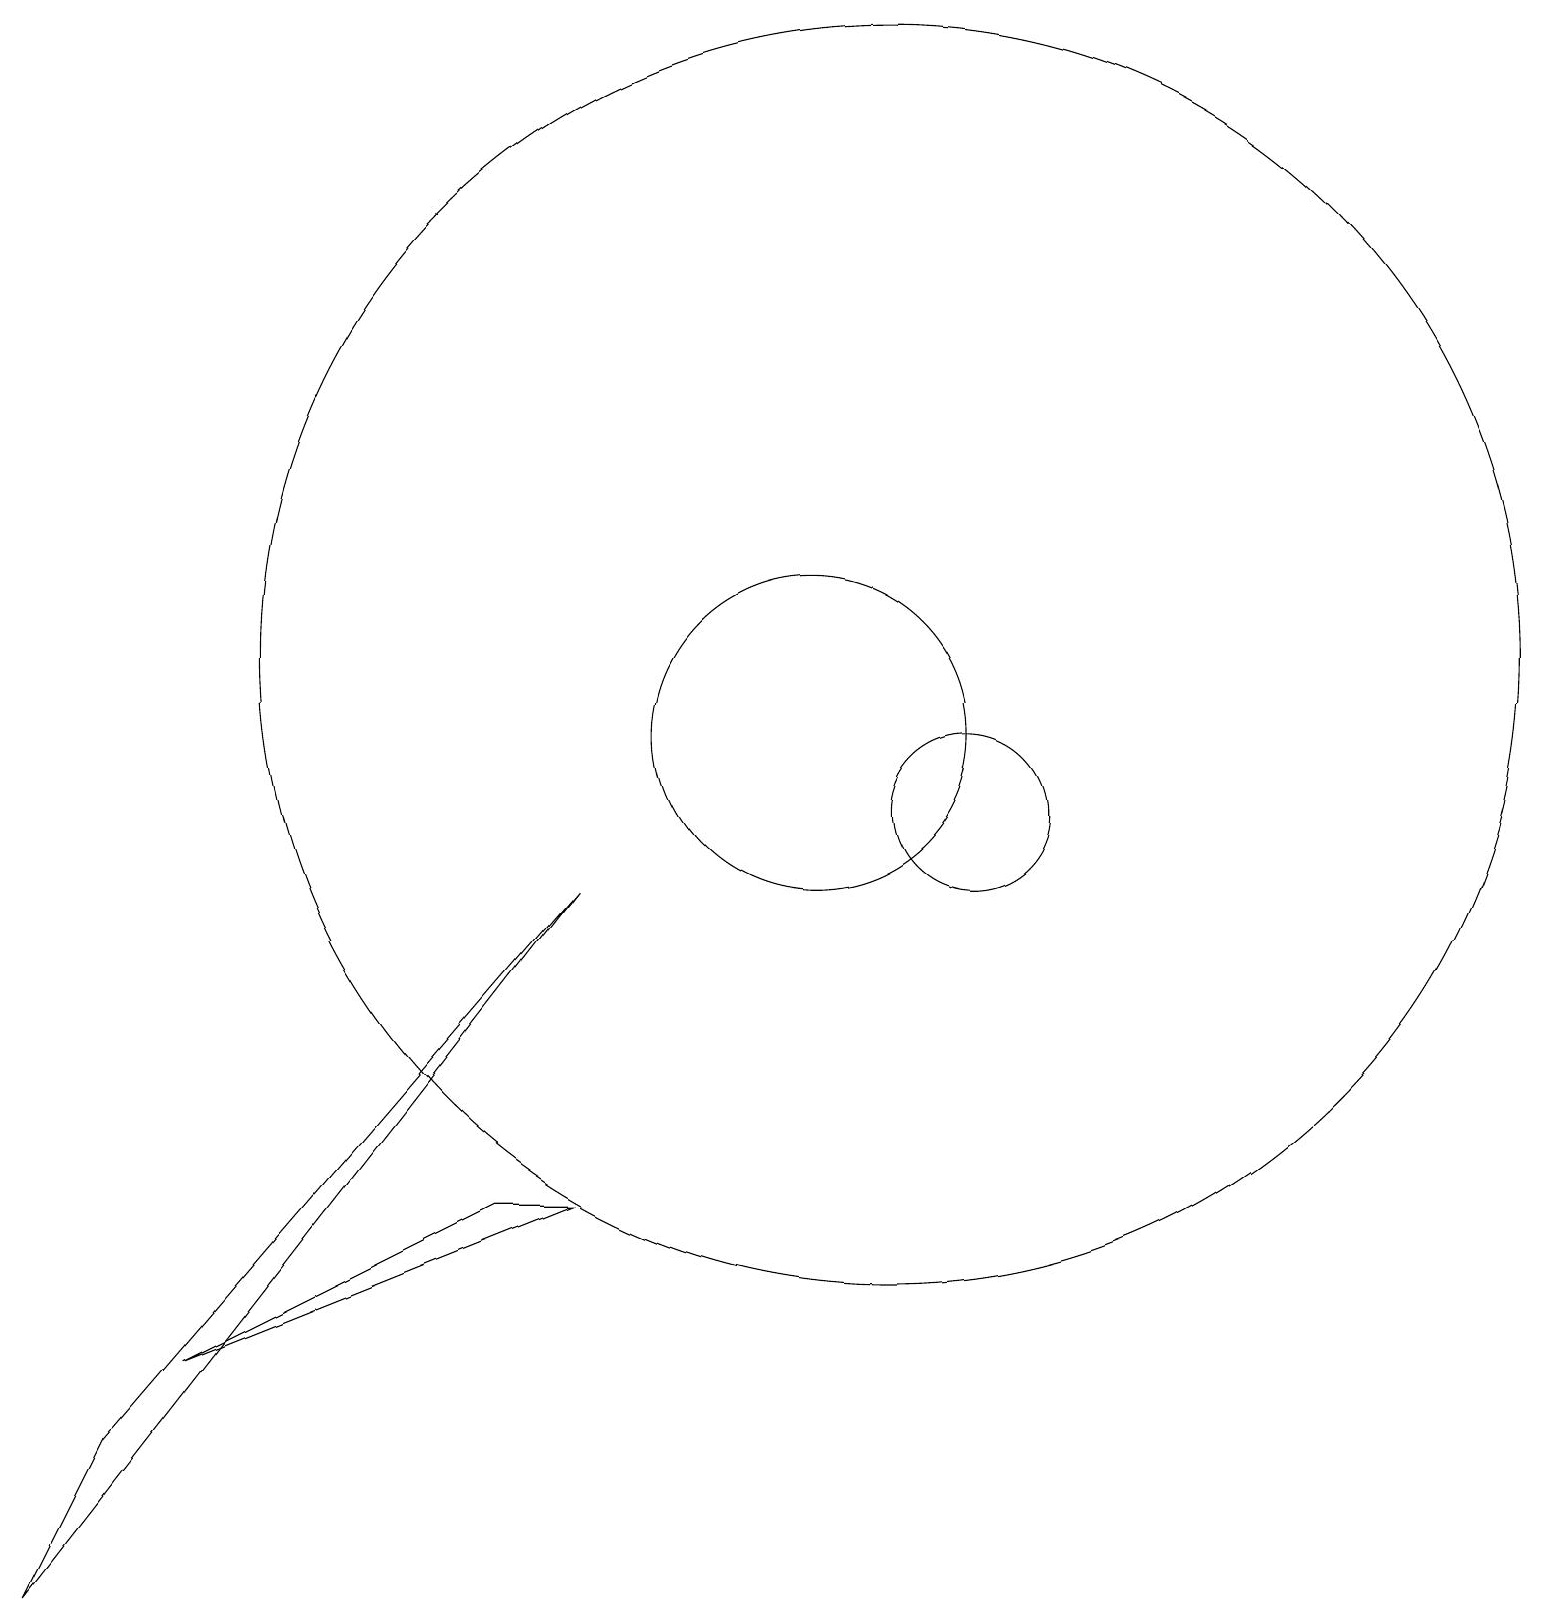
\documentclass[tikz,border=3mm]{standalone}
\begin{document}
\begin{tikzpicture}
\draw (6,5) -- (2,3) -- (7,5) -- cycle;
\draw (10,11) circle (2);
\draw (7,9) -- (0,0) -- (1,2) -- cycle;
\draw (11,12) circle (8);
\draw (12,10) circle (1);
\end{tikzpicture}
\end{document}